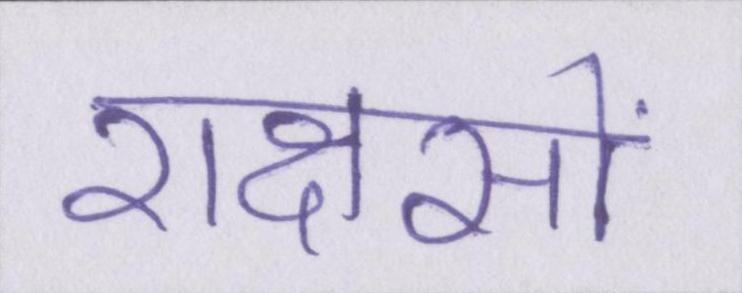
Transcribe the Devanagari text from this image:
राक्षसों